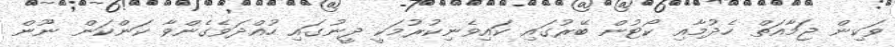
ވަކިން ޖަމާއަތް ހެދުމާއި ކޯޓުން ބޭރުގައި ކައިވެނިކުރުމަކީ ދީނުގައި ހުއްދަވެގެންވާ ކަންކަން ނޫން